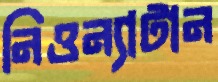
নিওন্যাটান